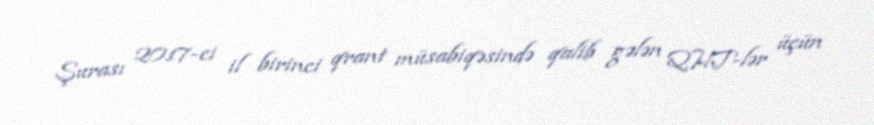
Şurası 2017-ci il birinci qrant müsabiqəsində qalib gələn QHT-lər üçün